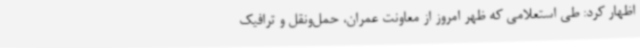
اظهار کرد: طی استعلامی که ظهر امروز از معاونت عمران، حمل‌ونقل و ترافیک